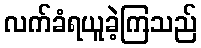
လက်ခံရယူခဲ့ကြသည်